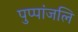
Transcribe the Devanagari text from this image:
पुप्पांजलि